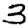
Digit: 3